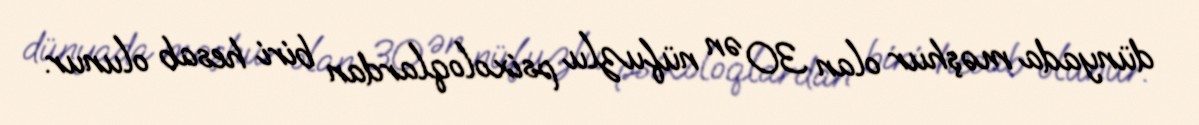
dünyada məşhur olan 30 ən nüfuzlu psixoloqlardan biri hesab olunur.